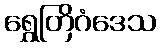
ရွှေတြိဂံဒေသ